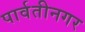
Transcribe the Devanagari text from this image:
पार्वतीनगर